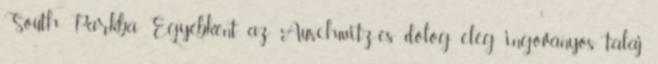
South Parkba Egyébként az Auschwitz-es dolog elég ingoványos talaj